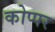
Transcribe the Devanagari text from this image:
कोप्पर